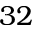
3 2